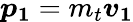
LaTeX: {\boldsymbol{p}}_{\boldsymbol{1}}=m_{t}{\boldsymbol{v}}_{\boldsymbol{1}}